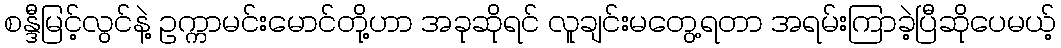
စန္ဒီမြင့်လွင်နဲ့ ဥက္ကာမင်းမောင်တို့ဟာ အခုဆိုရင် လူချင်းမတွေ့ရတာ အရမ်းကြာခဲ့ပြီဆိုပေမယ့်